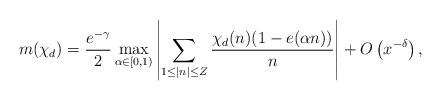
LaTeX: \begin{align*}m(\chi_d)= \frac{e^{-\gamma}}{2} \max_{\alpha \in [0, 1)} \left|\sum_{1\leq |n|\leq Z} \frac{\chi_d(n) (1-e(\alpha n))}{n}\right| + O\left(x^{-\delta}\right),\end{align*}